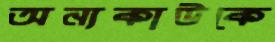
অন্যকাউকে